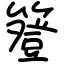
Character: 簦